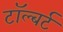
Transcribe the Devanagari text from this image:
टॉल्बर्ट